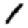
Digit: 1